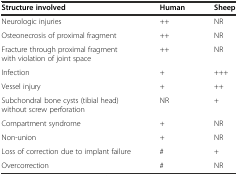
<table><thead><tr><td><b>Structure involved</b></td><td><b>Human</b></td><td><b>Sheep</b></td></tr></thead><tbody><tr><td>Neurologic injuries</td><td>++</td><td>NR</td></tr><tr><td>Osteonecrosis of proximal fragment</td><td>++</td><td>NR</td></tr><tr><td>Fracture through proximal fragment with violation of joint space</td><td>++</td><td>NR</td></tr><tr><td>Infection</td><td>+</td><td>+++</td></tr><tr><td>Vessel injury</td><td>+</td><td>++</td></tr><tr><td>Subchondral bone cysts (tibial head) without screw perforation</td><td>NR</td><td>+</td></tr><tr><td>Compartment syndrome</td><td>+</td><td>NR</td></tr><tr><td>Non-union</td><td>+</td><td>NR</td></tr><tr><td>Loss of correction due to implant failure</td><td>#</td><td>+</td></tr><tr><td>Overcorrection</td><td>#</td><td>NR</td></tr></tbody></table>